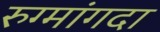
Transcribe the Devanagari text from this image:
रुग्मांगदा